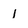
Character: 1